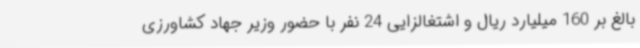
بالغ بر 160 میلیارد ریال و اشتغالزایی 24 نفر با حضور وزیر جهاد کشاورزی